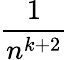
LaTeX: \frac{1}{n^{k+2}}